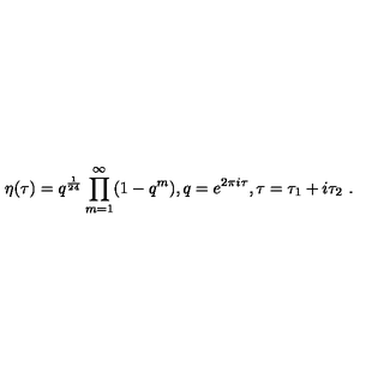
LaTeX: \eta ( \tau ) = q ^ { \frac { 1 } { 2 4 } } \prod _ { m = 1 } ^ { \infty } ( 1 - q ^ { m } ) , q = e ^ { 2 \pi i \tau } , \tau = \tau _ { 1 } + i \tau _ { 2 } \ .